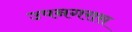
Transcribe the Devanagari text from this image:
उपनगरास